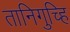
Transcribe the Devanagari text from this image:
तानिगुच्हि